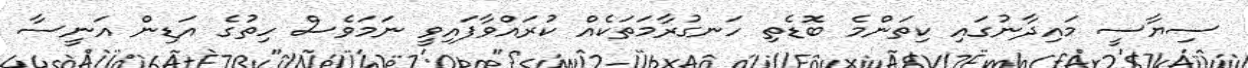
ސިޔާސީ މައިދާނުގައި ކިތަންމެ ބޮޑެތި ހަނގުރާމަތަކެއް ކުރައްވާފައިވީ ނަމަވެސް ހިތުގެ އަޑިން އަނީސާ